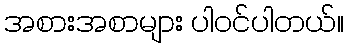
အစားအစာများ ပါဝင်ပါတယ်။